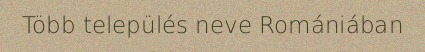
Több település neve Romániában